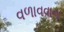
વળાવવાના